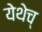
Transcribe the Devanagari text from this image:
येथेच्